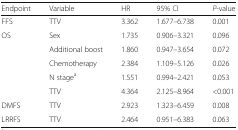
<table><thead><tr><td><b>Endpoint</b></td><td><b>Variable</b></td><td><b>HR</b></td><td><b>95% CI</b></td><td><b><i>P</i>-value</b></td></tr></thead><tbody><tr><td>FFS</td><td>TTV</td><td>3.362</td><td>1.677–6.738</td><td>0.001</td></tr><tr><td>OS</td><td>Sex</td><td>1.735</td><td>0.906–3.321</td><td>0.096</td></tr><tr><td></td><td>Additional boost</td><td>1.860</td><td>0.947–3.654</td><td>0.072</td></tr><tr><td></td><td>Chemotherapy</td><td>2.384</td><td>1.109–5.126</td><td>0.026</td></tr><tr><td></td><td>N stage<sup>a</sup></td><td>1.551</td><td>0.994–2.421</td><td>0.053</td></tr><tr><td></td><td>TTV</td><td>4.364</td><td>2.125–8.964</td><td>&lt;0.001</td></tr><tr><td>DMFS</td><td>TTV</td><td>2.923</td><td>1.323–6.459</td><td>0.008</td></tr><tr><td>LRRFS</td><td>TTV</td><td>2.464</td><td>0.951–6.383</td><td>0.063</td></tr></tbody></table>